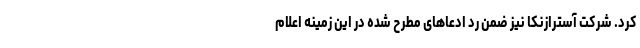
کرد. شرکت آسترازنکا نیز ضمن رد ادعاهای مطرح شده در این زمینه اعلام